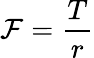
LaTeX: \mathcal{F}={\frac{{T}}{{r}}}